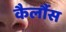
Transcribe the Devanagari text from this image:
कैर्लौस